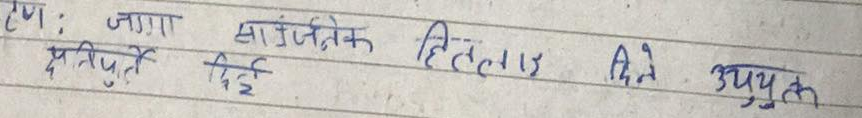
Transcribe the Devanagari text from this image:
टप: जागा सार्वजनिक हितलाई क्षत्तिपुर्ति दिई उपयुक्त